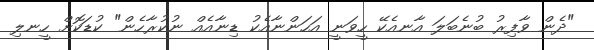
"ދެން ވާފިރު ބުނެބަލަ އާނއެކޭ ހީވަނީ އަހަންނާއެކު ޑިނާއެއް ނުކުރާހެން" ކުޑަކޮށް ހީނލި